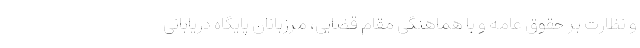
و نظارت بر حقوق عامه و با هماهنگی مقام قضایی، مرزبانان پایگاه دریابانی